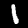
Label: 1